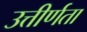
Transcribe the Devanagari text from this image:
उत्तीर्णता